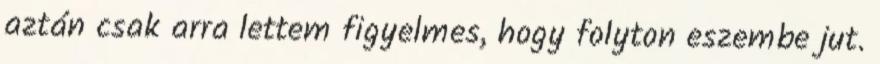
aztán csak arra lettem figyelmes, hogy folyton eszembe jut.